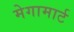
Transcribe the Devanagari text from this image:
मेगामार्ट